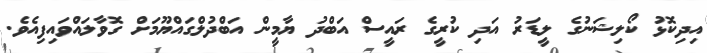
އިދިކޮޅު ކޯލިޝަނުގެ ލީޑަރު އަދި ކުރީގެ ރައީސް އަބްދު ޔާމީން އަބްދުލްގައްޔޫމަށް ގޮވާލައްވައިފިއެވެ.